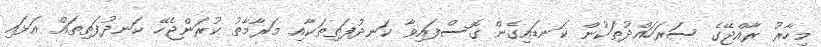
މިހާރު ރާއްޖޭގެ ސަރަހައްދުތަކުން ކަނޑައިގެން ގޮސްފައިވާ ކަނދުފަތިތަކާއި މަރާމާތު ކުރަންޖެހޭ ކަނދުފަތިތައް އަޅައި